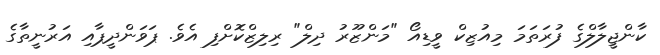
ކާންޖީލާލްގެ ފުރަތަމަ މިއުޒިކް ވީޑިއޯ "މަންޒޫރު ދިލް" ރިލިޒްކޮށްފި އެވެ. ޕަވަންދީޕާއި އަރުނީތާގެ